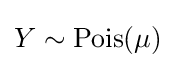
Y\sim \operatorname {Pois} (\mu )